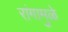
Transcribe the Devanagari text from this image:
रांगामुळे